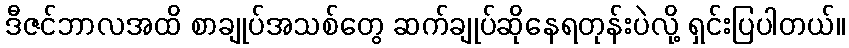
ဒီဇင်ဘာလအထိ စာချုပ်အသစ်တွေ ဆက်ချုပ်ဆိုနေရတုန်းပဲလို့ ရှင်းပြပါတယ်။